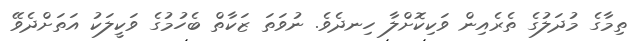
ތިމާގެ މުދަލުގެ ތެރެއިން ވަކިކޮށްލާ ހިނދެވެ. ނުވަތަ ޒަކާތް ބެހުމުގެ ވަކީލަކު އަތަށްދެވޭ